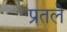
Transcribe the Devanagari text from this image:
प्रतले